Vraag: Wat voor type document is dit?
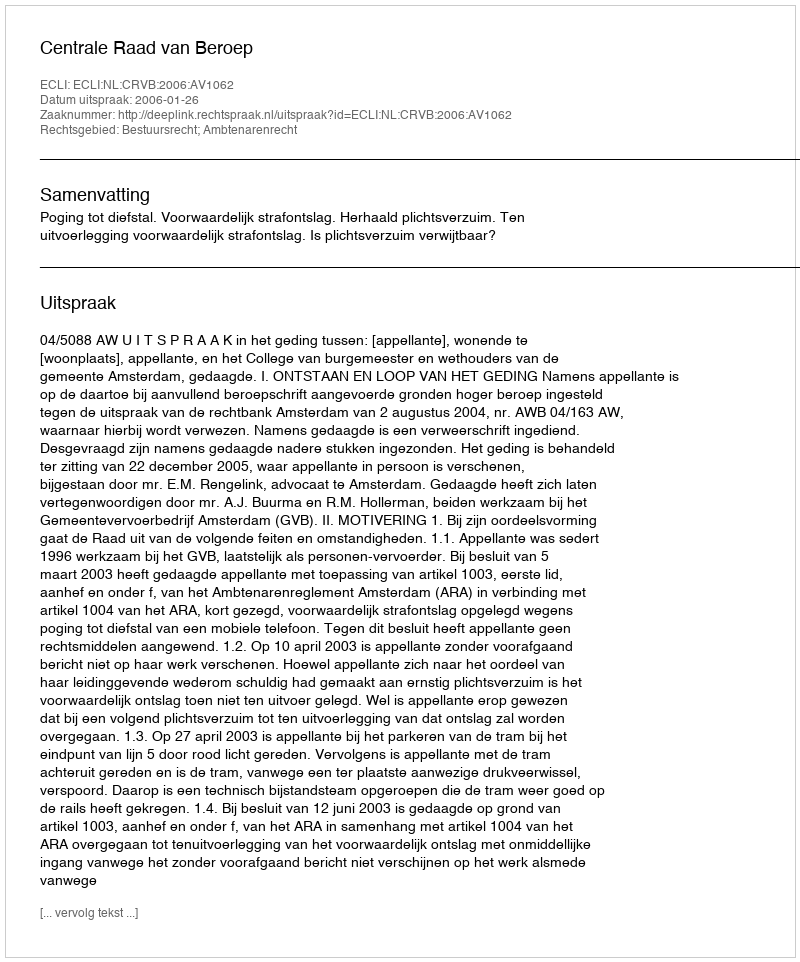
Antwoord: Uitspraak